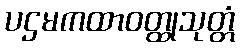
ပဌမကထာဝတ္ထုသုတ္တံ